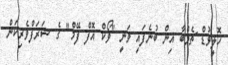
ހޮލީވުޑް ޗެމްބާ އިން ބުނެފައި ވަނީ "ވޯކް އޮފް ފޭމް" ގެ ޝަރަފްވެރިކަން